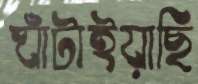
ঘাঁটাইয়াছি